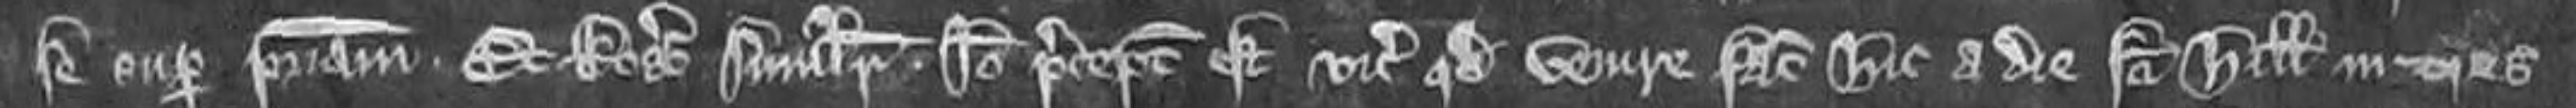
se super patriam. Et Rogerus similiter. Ideo preceptum est vicecomiti quod venire faciat hic a die sancti Hillarii in tres